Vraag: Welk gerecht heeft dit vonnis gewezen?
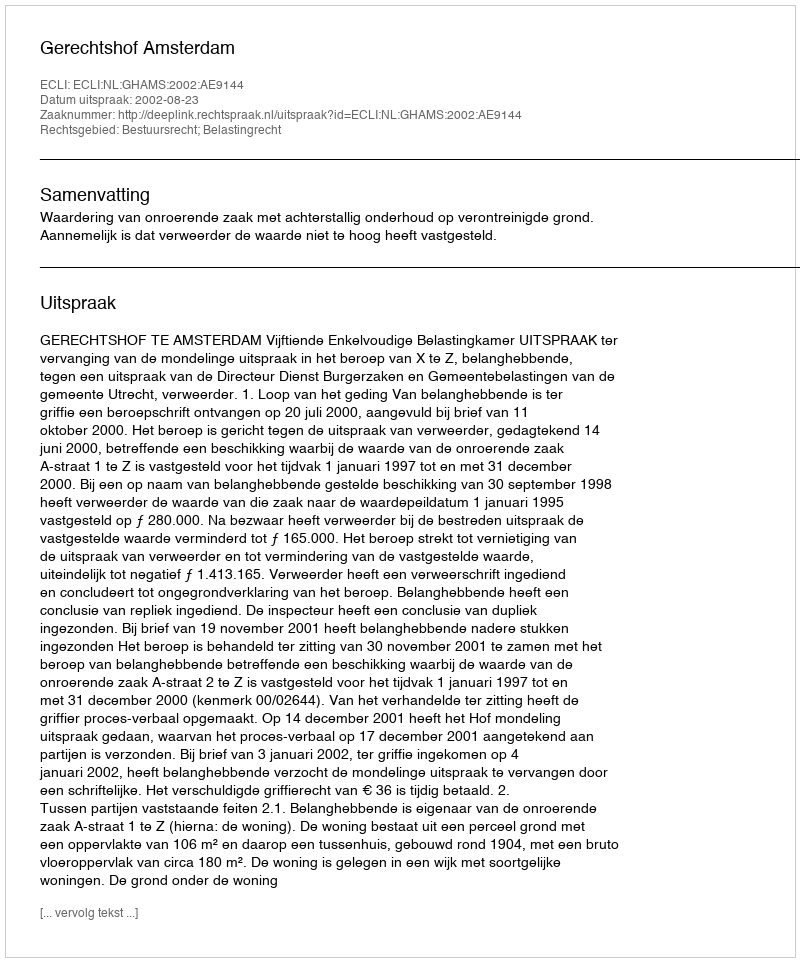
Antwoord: Gerechtshof Amsterdam